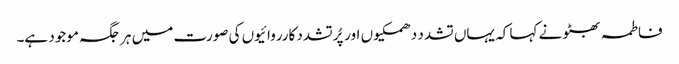
فاطمہ بھٹو نے کہا کہ یہاں تشدد دھمکیوں اور پُرتشدد کارروائیوں کی صورت میں ہر جگہ موجود ہے۔